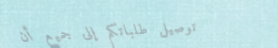
توصيل طلباتكم إلى جميع أن